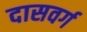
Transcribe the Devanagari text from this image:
दासवर्ग